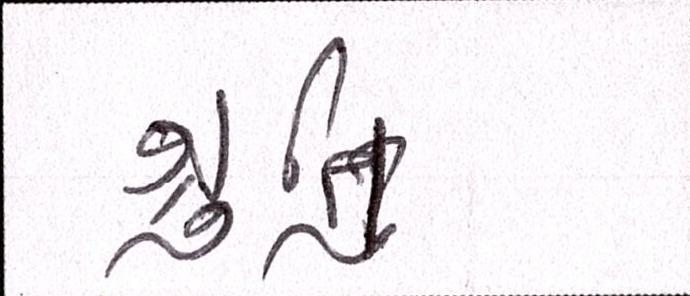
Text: શ્રુતિ